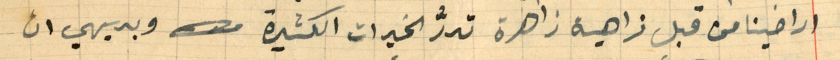
اراضينا من قبل زاهية زاهرة تدرُّ الخيرات الكثيرة وبديهي ان